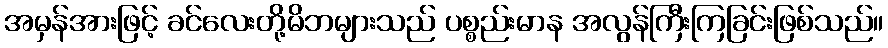
အမှန်အားဖြင့် ခင်လေးတို့မိဘများသည် ပစ္စည်းမာန အလွန်ကြီးကြခြင်းဖြစ်သည်။